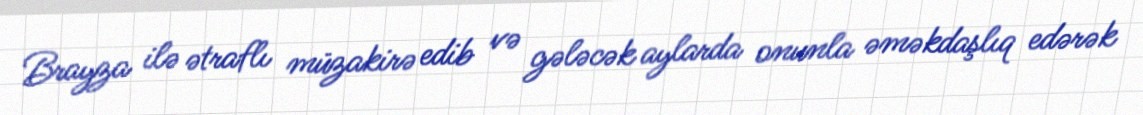
Brayza ilə ətraflı müzakirə edib və gələcək aylarda onunla əməkdaşlıq edərək